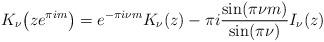
LaTeX: \begin{align*}K_\nu\big(ze^{\pi im}\big)= e^{-\pi i \nu m}K_\nu(z)-\pi i \frac{\sin(\pi \nu m)}{\sin(\pi \nu)} I_\nu(z)\end{align*}